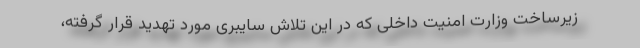
زیرساخت وزارت امنیت داخلی که در این تلاش سایبری مورد تهدید قرار گرفته،